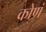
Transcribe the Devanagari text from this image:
कोणं